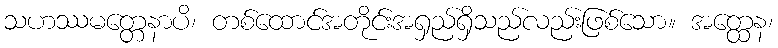
သဟဿမတ္တေနာပိ၊ တစ်ထောင်အတိုင်းအရှည်ရှိသည်လည်းဖြစ်သော။ အတ္ထေန၊